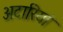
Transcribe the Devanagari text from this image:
अटारियां